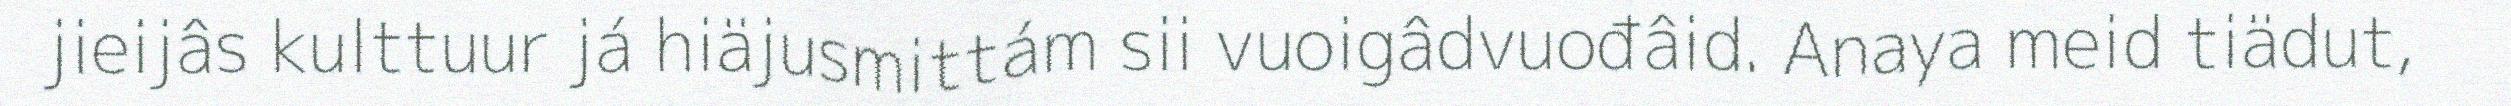
jieijâs kulttuur já hiäjusmittám sii vuoigâdvuođâid. Anaya meid tiädut,